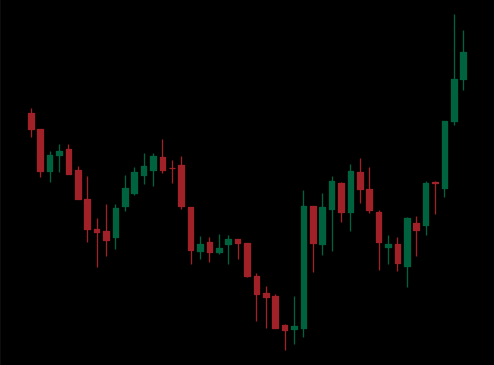
Pattern: inverse_head_shoulders